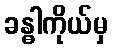
ခန္ဓါကိုယ်မှ